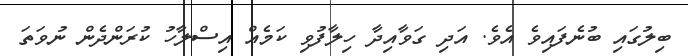
ބިލުގައި ބުނެފައިވެ އެވެ. އަދި ގަވާއިދާ ހިލާފުވި ކަމެއް އިސްލާހު ކުރަންދެން ނުވަތަ